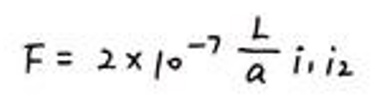
$F = 2 \times 10^{-7} \frac{L}{a} i_1 i_2$